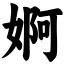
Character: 婀